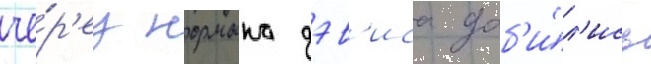
че́р'ез нормана дэв'иса доб'и́л'ись